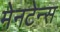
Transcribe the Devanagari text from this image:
मेनटेन्स